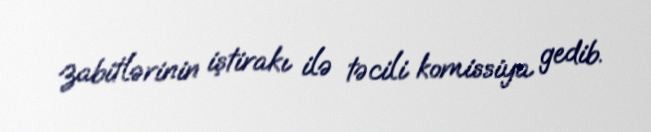
zabitlərinin iştirakı ilə təcili komissiya gedib.